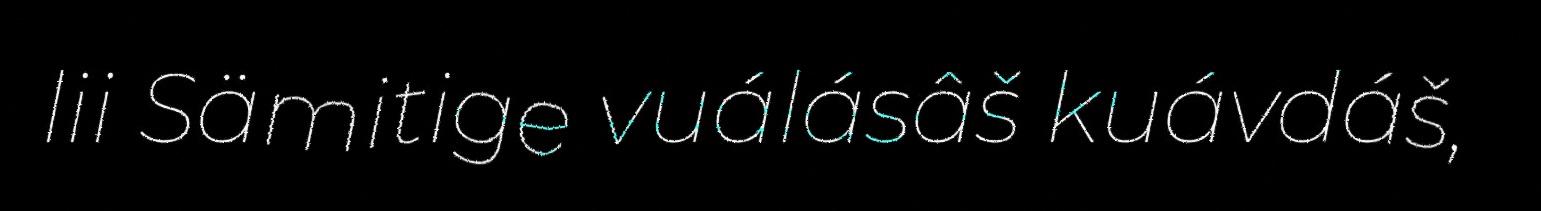
lii Sämitige vuálásâš kuávdáš,